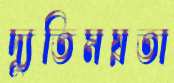
দ্যুতিময়তা